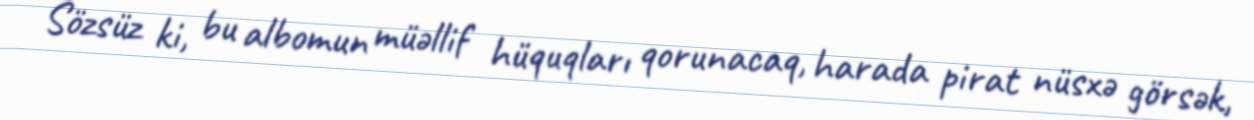
Sözsüz ki, bu albomun müəllif hüquqları qorunacaq, harada pirat nüsxə görsək,